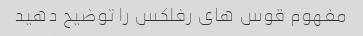
مفهوم قوس های رفلکس را توضیح دهید